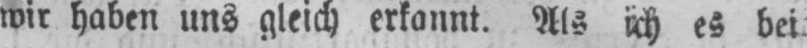
wir haben uns gleich erkannt. Als ich es bei